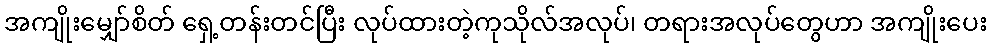
အကျိုးမျှော်စိတ် ရှေ့တန်းတင်ပြီး လုပ်ထားတဲ့ကုသိုလ်အလုပ်၊ တရားအလုပ်တွေဟာ အကျိုးပေး